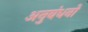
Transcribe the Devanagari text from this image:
अनुबंधनों